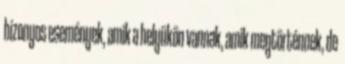
bizonyos események, amik a helyükön vannak, amik megtörténnek, de